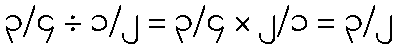
၃/၄ ÷ ၁/၂ = ၃/၄ × ၂/၁ = ၃/၂